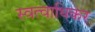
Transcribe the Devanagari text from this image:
स्वत्वाधिकर